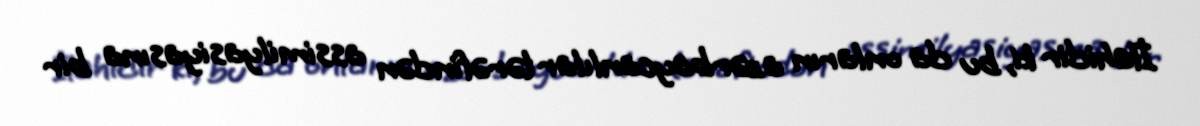
İlahidir ki, bu da onların azərbaycanlılar tərəfindən assimilyasiyasına bir